Insane asylums in Bengal annual reports 1867-1875 - 1867-1875
Year: 1867
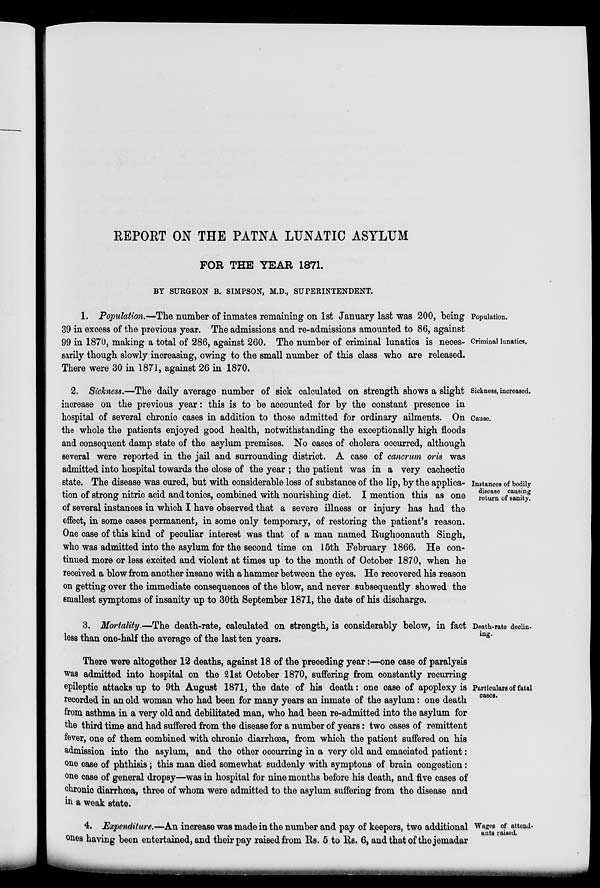
REPORT ON THE PATNA LUNATIC ASYLUM
FOR THE YEAR 1871.
BY SURGEON B. SIMPSON, M.D., SUPERINTENDENT.
Population.
Criminal lunatics.
1. Population.—The number of inmates remaining on 1st January last was 200, being
39 in excess of the previous year. The admissions and re-admissions amounted to 86, against
99 in 1870, making a total of 286, against 260. The number of criminal lunatics is neces-
sarily though slowly increasing, owing to the small number of this class who are released,
There were 30 in 1871, against 26 in 1870.
Sickness, increased.
Cause.
Instances of bodily
disease causing
return of sanity.
2. Sickness.—The daily average number of sick calculated on strength shows a slight
increase on the previous year: this is to be accounted for by the constant presence in
hospital of several chronic cases in addition to those admitted for ordinary ailments. On
the whole the patients enjoyed good health, notwithstanding the exceptionally high floods
and consequent damp state of the asylum premises. No cases of cholera occurred, although
several were reported in the jail and surrounding district. A case of cancrum oris was
admitted into hospital towards the close of the year ; the patient was in a very cachectic
state. The disease was cured, but with considerable loss of substance of the lip, by the applica-
tion of strong nitric acid and tonics, combined with nourishing diet. I mention this as one
of several instances in which I have observed that a severe illness or injury has had the
effect, in some cases permanent, in some only temporary, of restoring the patient's reason.
One case of this kind of peculiar interest was that of a man named Rughoonauth Singh,
who was admitted into the asylum for the second time on 15th February 1866. He con-
tinued more or less excited and violent at times up to the month of October 1870, when he
received a blow from another insane with a hammer between the eyes. He recovered his reason
on getting over the immediate consequences of the blow, and never subsequently showed the
smallest symptoms of insanity up to 30th September 1871, the date of his discharge.
Death-rate declin-
ing.
3. Mortality.—The death-rate, calculated on strength, is considerably below, in fact
less than one-half the average of the last ten years.
Particulars of fatal
cases.
There were altogether 12 deaths, against 18 of the preceding year:—one case of paralysis
was admitted into hospital on the 21st October 1870, suffering from constantly recurring
epileptic attacks up to 9th August 1871, the date of his death: one case of apoplexy is
recorded in an old woman who had been for many years an inmate of the asylum: one death
from asthma in a very old and debilitated man, who had been re-admitted into the asylum for
the third time and had suffered from the disease for a number of years: two cases of remittent
fever, one of them combined with chronic diarrhœa, from which the patient suffered on his
admission into the asylum, and the other occurring in a very old and emaciated patient:
one case of phthisis; this man died somewhat suddenly with symptons of brain congestion:
one case of general dropsy—was in hospital for nine months before his death, and five cases of
chronic diarrhœa, three of whom were admitted to the asylum suffering from the disease and
in a weak state.
Wages of attend-
ants raised.
4. Expenditure.—An increase was made in the number and pay of keepers, two additional
ones having been entertained, and their pay raised from Rs. 5 to Rs. 6, and that of the jemadar